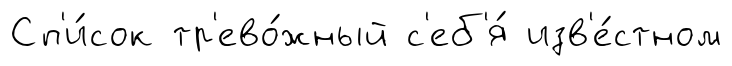
Сп'и́сок тр'ево́жный с'еб'я́ изв'е́стном